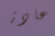
عادة